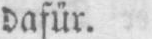
dafür.